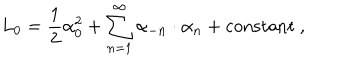
L _ { 0 } = { \frac { 1 } { 2 } } \alpha _ { 0 } ^ { 2 } + \sum _ { n = 1 } ^ { \infty } \alpha _ { - n } \cdot \alpha _ { n } + \mathrm { c o n s t a n t } \ ,